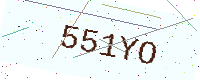
Text: 551YO